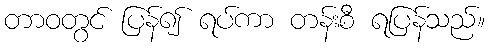
တာဝတွင် ပြန်၍ ရပ်ကာ တန်းစီ ရပြန်သည်။